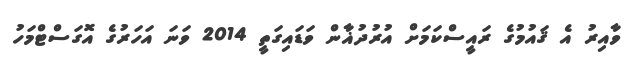
ވާއިރު އެ ޤައުމުގެ ރައީސްކަމަށް އުރުދުޣާން ވަޑައިގަތީ 2014 ވަނަ އަހަރުގެ އޮގަސްޓްމަހު